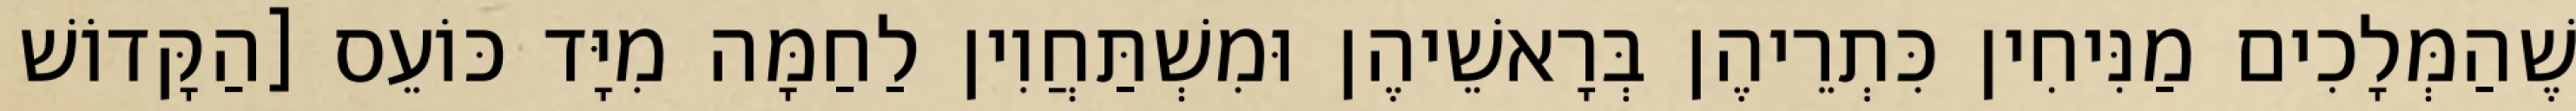
שֶׁהַמְּלָכִים מַנִּיחִין כִּתְרֵיהֶן בְּרָאשֵׁיהֶן וּמִשְׁתַּחֲוִין לַחַמָּה מִיָּד כּוֹעֵס [הַקָּדוֹשׁ